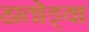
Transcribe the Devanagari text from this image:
हातोड्या